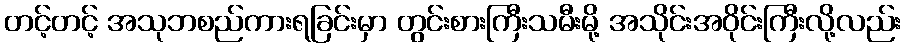
တင့်တင့် အသုဘစည်ကားရခြင်းမှာ တွင်းစားကြီးသမီးမို့ အသိုင်းအဝိုင်းကြီးလို့လည်း